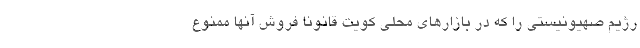
رژیم صهیونیستی را که در بازارهای محلی کویت قانوناً فروش آنها ممنوع